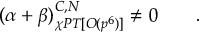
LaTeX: ( \alpha + \beta ) _ { \chi P T [ { \cal { O } } ( p ^ { 6 } ) ] } ^ { C , N } \neq 0 \; \; \; \; \; \; \; .